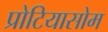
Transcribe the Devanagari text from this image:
प्रोटियासोम